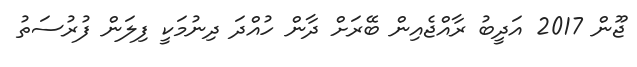
ޖޫން 2017 އަދީބު ރާއްޖެއިން ބޭރަށް ދާން ހުއްދަ ދިނުމަކީ ފިލަން ފުރުސަތު